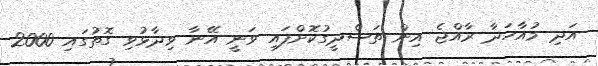
އަދި މުއާހަދާ ރާއްޖެ އިން ތަސްދީގުކޮށްފައި ވަނީ އޭނާ ވިދާޅުވި ގޮތުގައި 2000